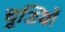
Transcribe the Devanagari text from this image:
चूडि़यों